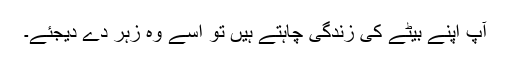
آپ اپنے بیٹے کی زندگی چاہتے ہیں تو اسے وہ زہر دے دیجئے۔